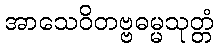
အာသေဝိတဗ္ဗဓမ္မသုတ္တံ